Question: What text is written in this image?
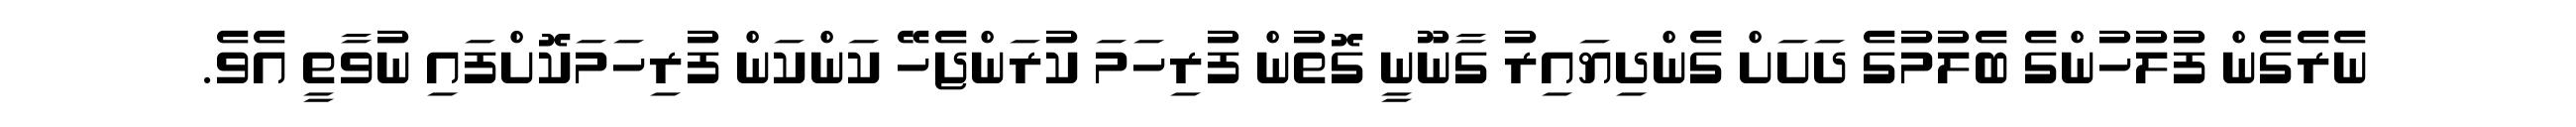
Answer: ނެރެގެން ފުލުހުންގެ ބެލުމުގެ ދަށަށް ގެންދިޔައިރު ގާނޫނީ ގޮތުން ފުރިހަމަ ކުރަންޖެހޭ ކަންކަން ފުރިހަމަކޮށްފައި ނުވާތީ އެވެ.